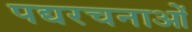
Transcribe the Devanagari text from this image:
पद्यरचनाओं